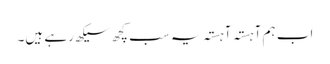
اب ہم آہستہ آہستہ یہ سب کچھ سیکھ رہے ہیں۔